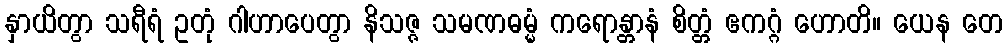
နှာယိတွာ သရီရံ ဥတုံ ဂါဟာပေတွာ နိသဇ္ဇ သမဏဓမ္မံ ကရောန္တာနံ စိတ္တံ ဧကဂ္ဂံ ဟောတိ။ ယေန တေ